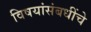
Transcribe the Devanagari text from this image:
विषयांसंबधींचे